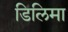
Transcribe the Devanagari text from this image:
डिलिमा